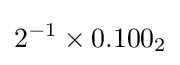
2^{-1}\times 0.100_{2}